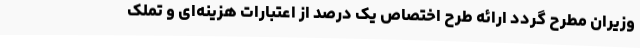
وزیران مطرح گردد ارائه طرح اختصاص یک درصد از اعتبارات هزینه‌ای و تملک